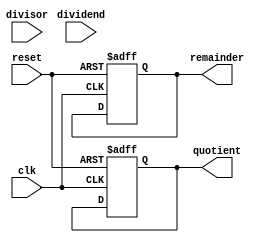
module Radix2_SRT_Divider (
    input wire clk,
    input wire reset,
    input wire [31:0] dividend,
    input wire [31:0] divisor,
    output wire [31:0] quotient,
    output wire [31:0] remainder
);

reg [31:0] dividend_reg;
reg [31:0] divisor_reg;
reg [31:0] quotient_reg;
reg [31:0] remainder_reg;

always @(posedge clk or posedge reset) begin
    if (reset) begin
        dividend_reg <= 0;
        divisor_reg <= 0;
        quotient_reg <= 0;
        remainder_reg <= 0;
    end else begin
        dividend_reg <= dividend;
        divisor_reg <= divisor;
        // Perform division operations here
        // Implement shift-and-add algorithm
    end
end

assign quotient = quotient_reg;
assign remainder = remainder_reg;

endmodule